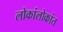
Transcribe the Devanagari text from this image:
लोकांलोकांत